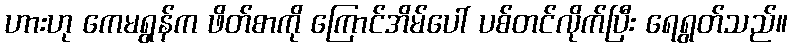
ဟားဟု ကေမရွန်က ဖိတ်စာကို ကြောင်အိမ်ပေါ် ပစ်တင်လိုက်ပြီး ရေရွတ်သည်။